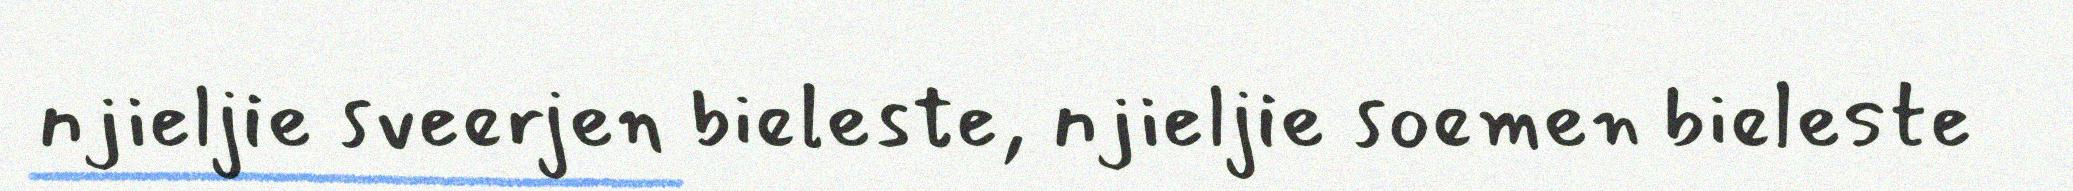
njieljie sveerjen bieleste, njieljie soemen bieleste